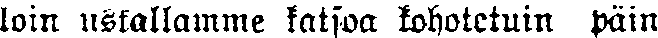
loin uskallamme katsoa kohotetuin päin